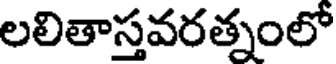
లలితాస్తవరత్నంలో